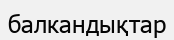
балкандықтар